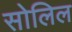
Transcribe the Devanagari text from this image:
सोलिल